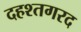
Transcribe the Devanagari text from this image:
दहश्तगरद